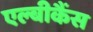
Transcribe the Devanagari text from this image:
एल्बीकैंस